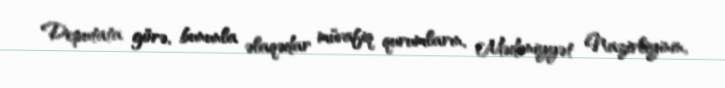
Deputata görə, bununla əlaqədar müvafiq qurumların, Mədəniyyət Nazirliyinin,